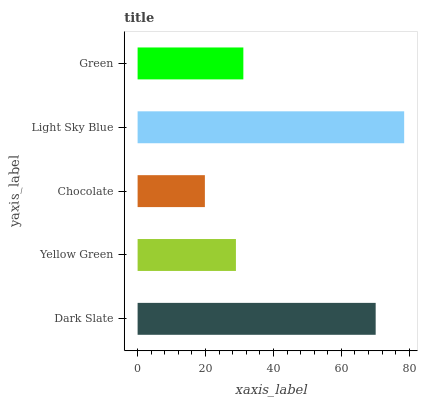
| yaxis_label | bars |
 | --- | --- |
 | Dark Slate | 70.1 |
 | Yellow Green | 29 |
 | Chocolate | 19.8 |
 | Light Sky Blue | 78.5 |
 | Green | 31.1 |